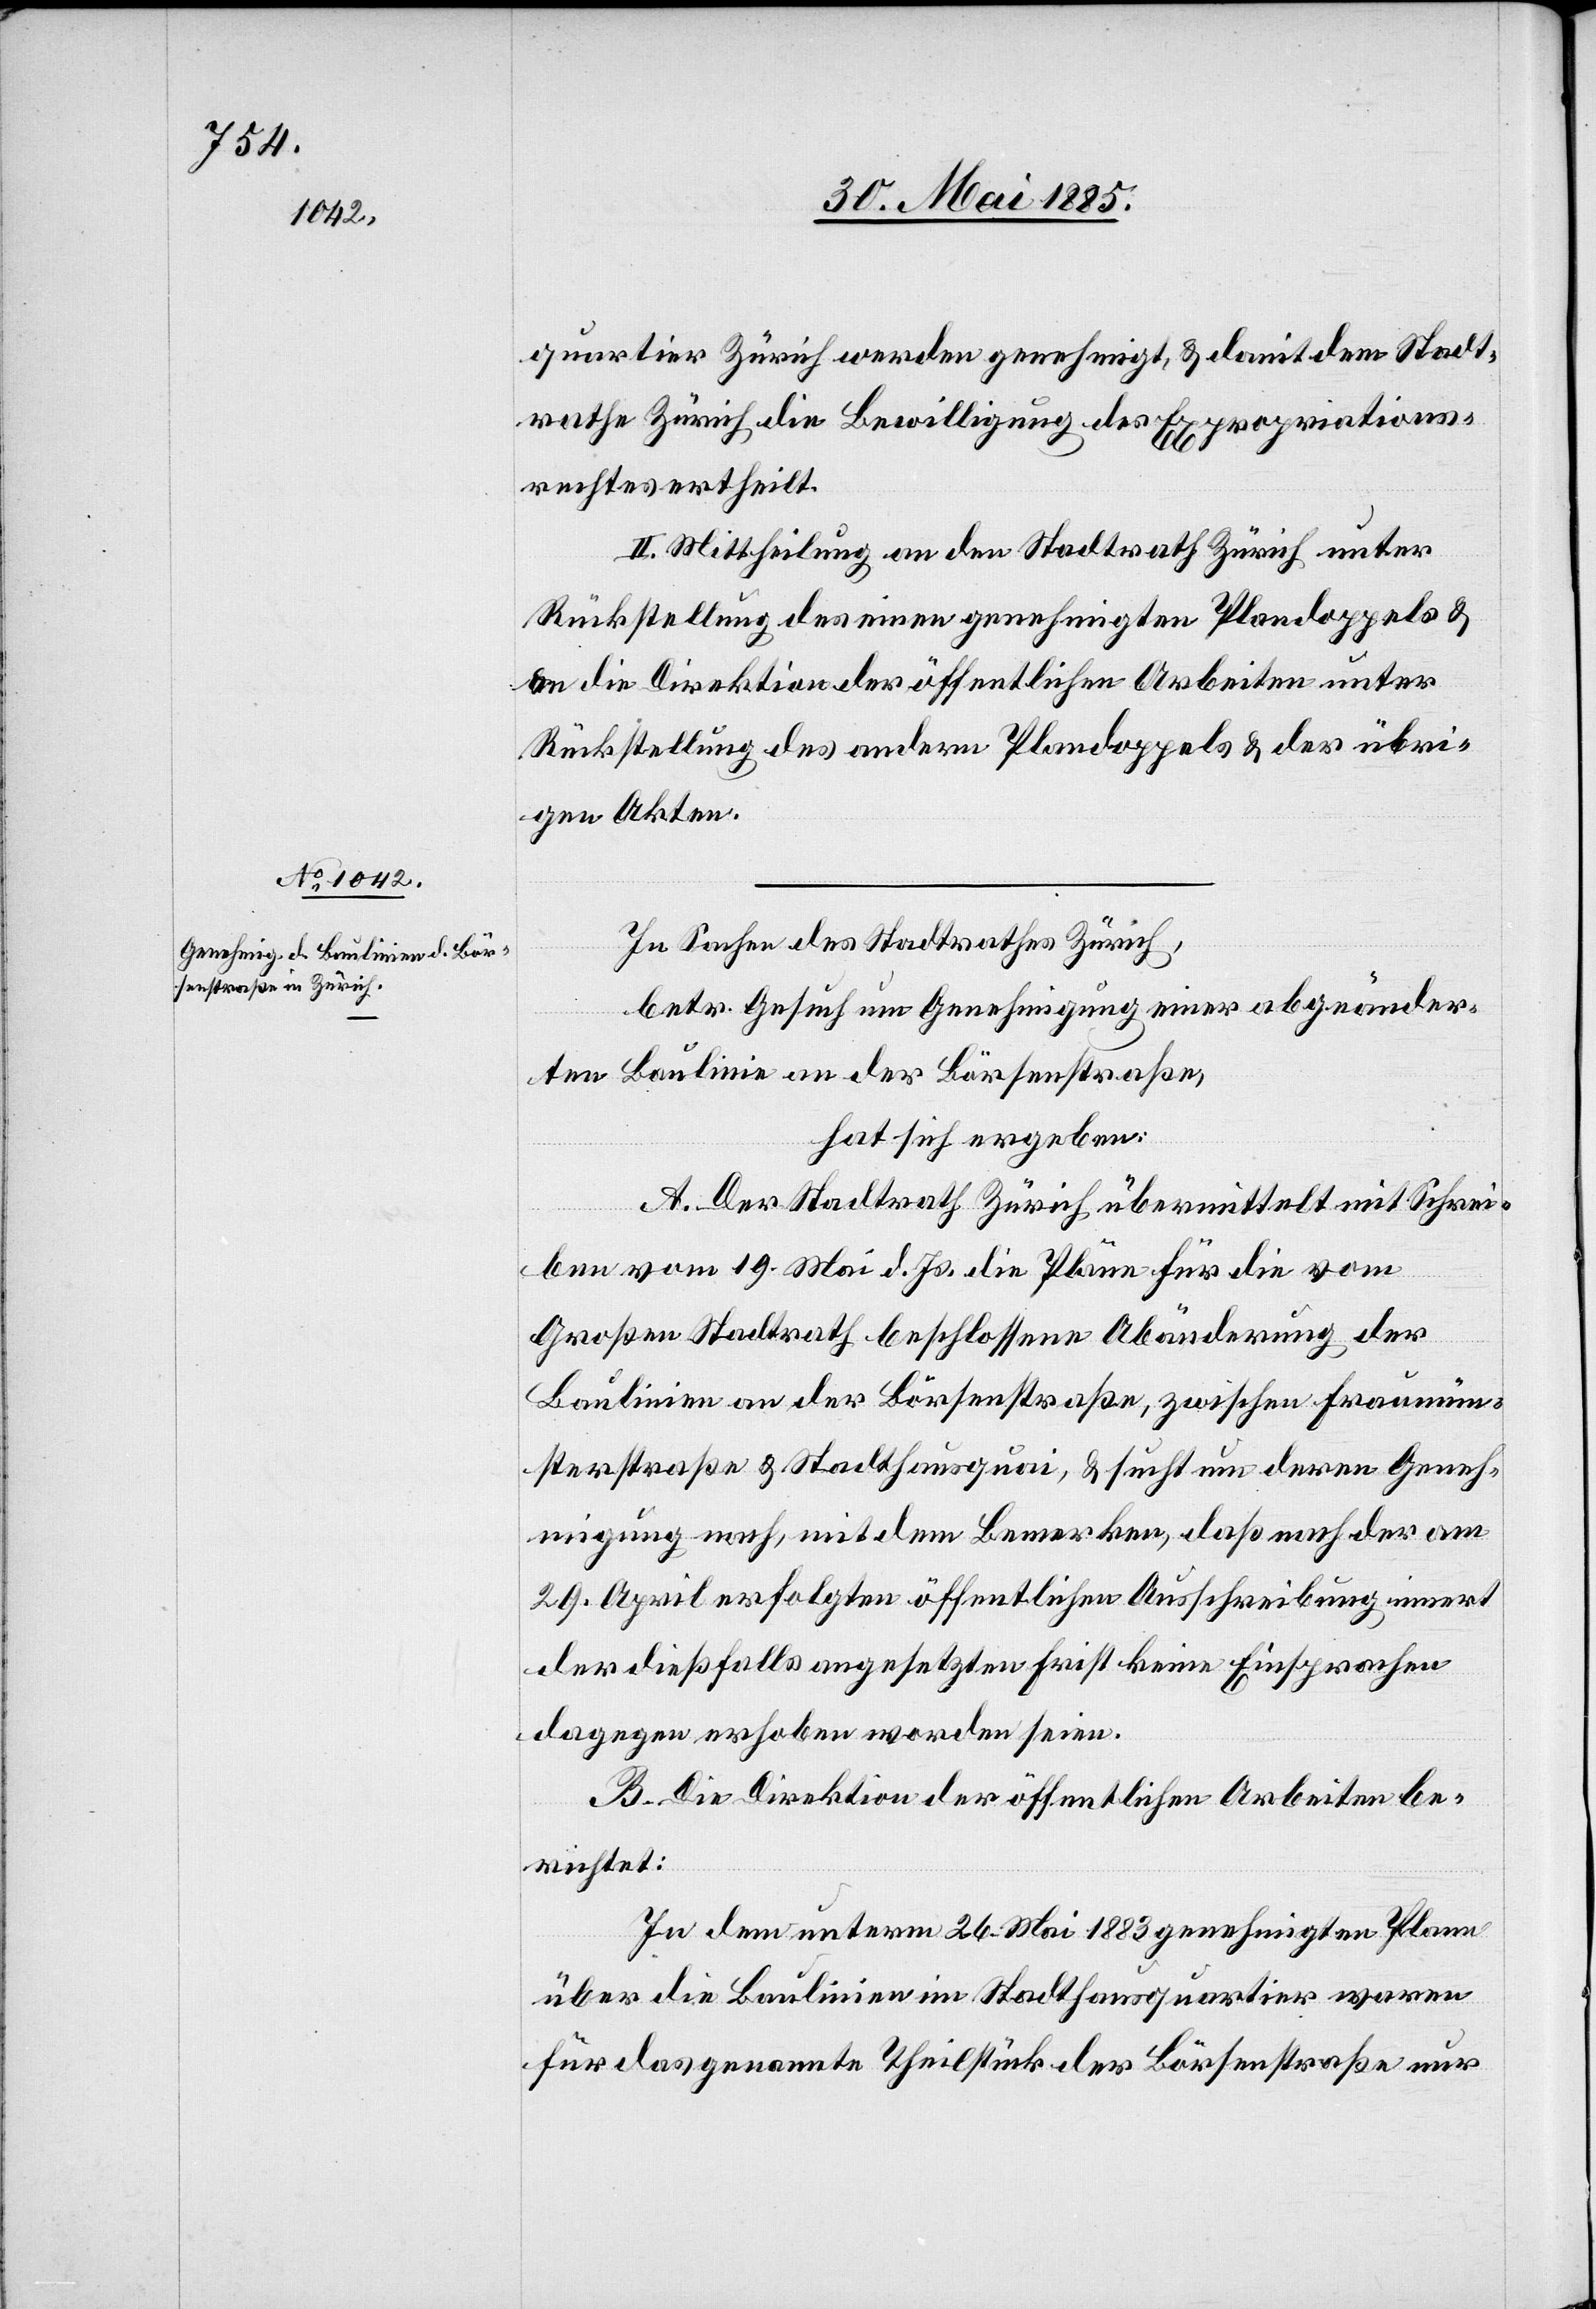
quartier Zürich werden genehmigt, & damit dem Stadt¬
rathe Zürich die Bewilligung des Expropriations¬
rechtes ertheilt.
II. Mittheilung an den Stadtrath Zürich unter
Rückstellung des einen genehmigten Plandoppels &
an die Direktion der öffentlichen Arbeiten unter
Rückstellung des andern Plandoppels & der übri¬
gen Akten.
In Sachen des Stadtrathes Zürich,
betr. Gesuch um Genehmigung einer abgeänder¬
ten Baulinie an der Börsenstraße,
hat sich ergeben:
A. Der Stadtrath Zürich übermittelt mit Schrei¬
ben vom 19. Mai d. Js. die Pläne für die vom
Großen Stadtrath beschlossene Abänderung der
Baulinie an der Börsenstraße, zwischen Fraumün¬
sterstraße & Stadthausquai, & sucht um deren Geneh¬
migung nach, mit dem Bemerken, daß nach der am
29. April erfolgten öffentlichen Ausschreibung innert
der dießfalls angesetzten Frist keine Einsprachen
dagegen erhoben worden seien.
B. Die Direktion der öffentlichen Arbeiten be¬
richtet:
In dem unterm 26. Mai 1883 genehmigten Plane
über die Baulinien im Stadthausquartier waren
für das genannte Theilstück der Börsenstraße nur